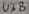
Text: U3B